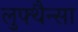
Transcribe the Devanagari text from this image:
लुफ्थैन्सा